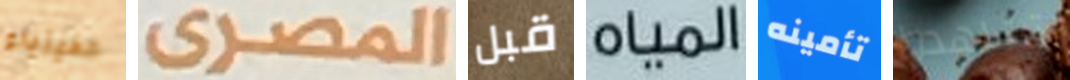
الفيزياء المصرى قبل المياه تأمينه تشاهدوا